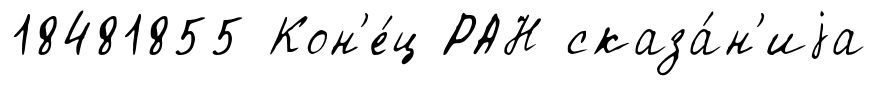
18481855 Кон'е́ц РАН сказа́н'иjа